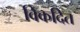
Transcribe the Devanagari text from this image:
विकदित